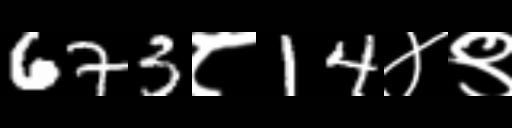
Text: 673८14४९